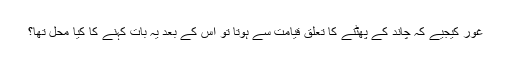
غور کیجیے کہ چاند کے پھٹنے کا تعلق قیامت سے ہوتا تو اس کے بعد یہ بات کہنے کا کیا محل تھا؟